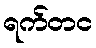
ရက်တင